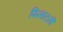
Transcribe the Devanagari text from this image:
फिलाटली